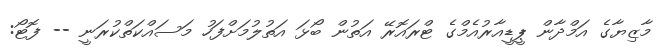
މާޒިޔާގެ އަމްދާން ޕީޑީއާރުއެމްގެ ޓްރައޮރޭ އަތުން ބޯޅަ އަތުލުމަށްފަހު މަސައްކަތްކުރަނީ -- ފޮޓޯ: